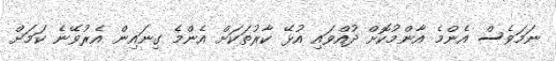
ނަމަވެސް އެންމެ އާންމުކޮށް ދުއްވައި އުޅޭ ކާރުތަކަށް އެންމެ ގިނައިން އެރުވޭނެ ކަމަށް